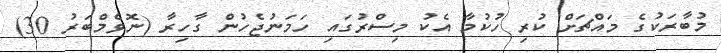
މުބާރަކުގެ މައްޗަށް ކުރި ހުކުމާ އެކު މިސްރުގައި ހަމަނުޖެހުން ގާހިރާ (ނޮވެމްބަރު 30)